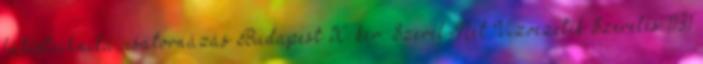
fűtéstechnika, csatornázás Budapest X. ker. Szerel-Net Vízvezeték Szerelés 1131